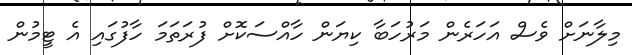
މިލާނަށް ވެސް އަހަރެން މަރުހަބާ ކިޔަން ހާއްސަކޮށް ފުރަތަމަ ހާފުގައި އެ ޓީމުން